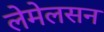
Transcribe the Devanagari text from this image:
लेमेलसन